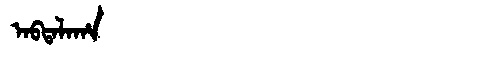
Manchu: ᠠᠪᡨᠠᠯᠠᡥᠠ
Romanization: ABTALAHA